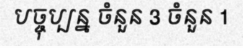
បច្ចុប្បន្ន ចំនួន 3 ចំនួន 1